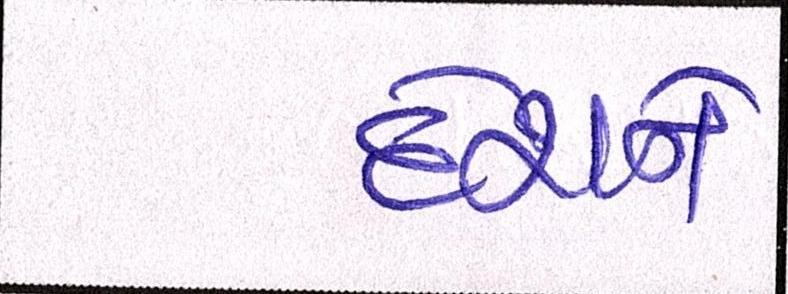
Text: દેશને